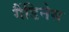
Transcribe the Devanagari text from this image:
गैंडिनेस